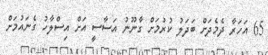
65 އަހަރާ ދެމެދަށް ބަދަލު ކުރުމަށް ގާނޫނު އަސާސީ އަށް އިސްލާހު ގެނައުމަށް